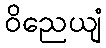
ဝိညေယျံ